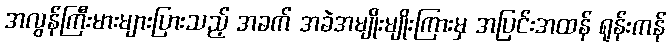
အလွန်ကြီးမားများပြားသည့် အခက် အခဲအမျိုးမျိုးကြားမှ အပြင်းအထန် ရုန်းကန်